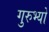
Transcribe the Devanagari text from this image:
गुरुभ्यो